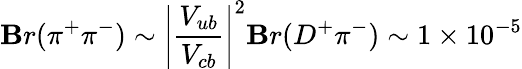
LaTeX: \mathbf{B}r(\pi^{+}\pi^{-})\sim\left|{\frac{{V_{ub}}}{{V_{cb}}}}\right|^{2}\mathbf{B}r(D^{+}\pi^{-})\sim1\times10^{-5}